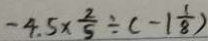
- 4 . 5 \times \frac { 2 } { 5 } \div ( - 1 \frac { 1 } { 8 } )